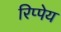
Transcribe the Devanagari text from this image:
रिप्पेय